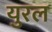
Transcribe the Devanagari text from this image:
युरल